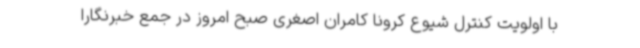
با اولویت کنترل شیوع کرونا کامران اصغری صبح امروز در جمع خبرنگارا